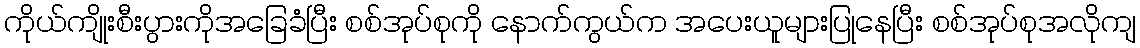
ကိုယ်ကျိုးစီးပွားကိုအခြေခံပြီး စစ်အုပ်စုကို နောက်ကွယ်က အပေးယူများပြုနေပြီး စစ်အုပ်စုအလိုကျ